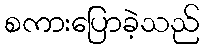
စကားပြောခဲ့သည်